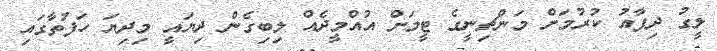
ލީގު ދިފާއު ކުރުމަށް މަންޗިނީގެ ޓީމަށް އުއްމީދެއް ލިބިގެން ދިޔައީ މިދިޔަ ހަފުތާގައި